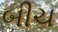
બીચ